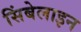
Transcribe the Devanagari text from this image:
सिंबेलाइन